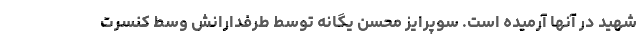
شهید در آنها آرمیده است. سوپرایز محسن یگانه توسط طرفدارانش وسط کنسرت